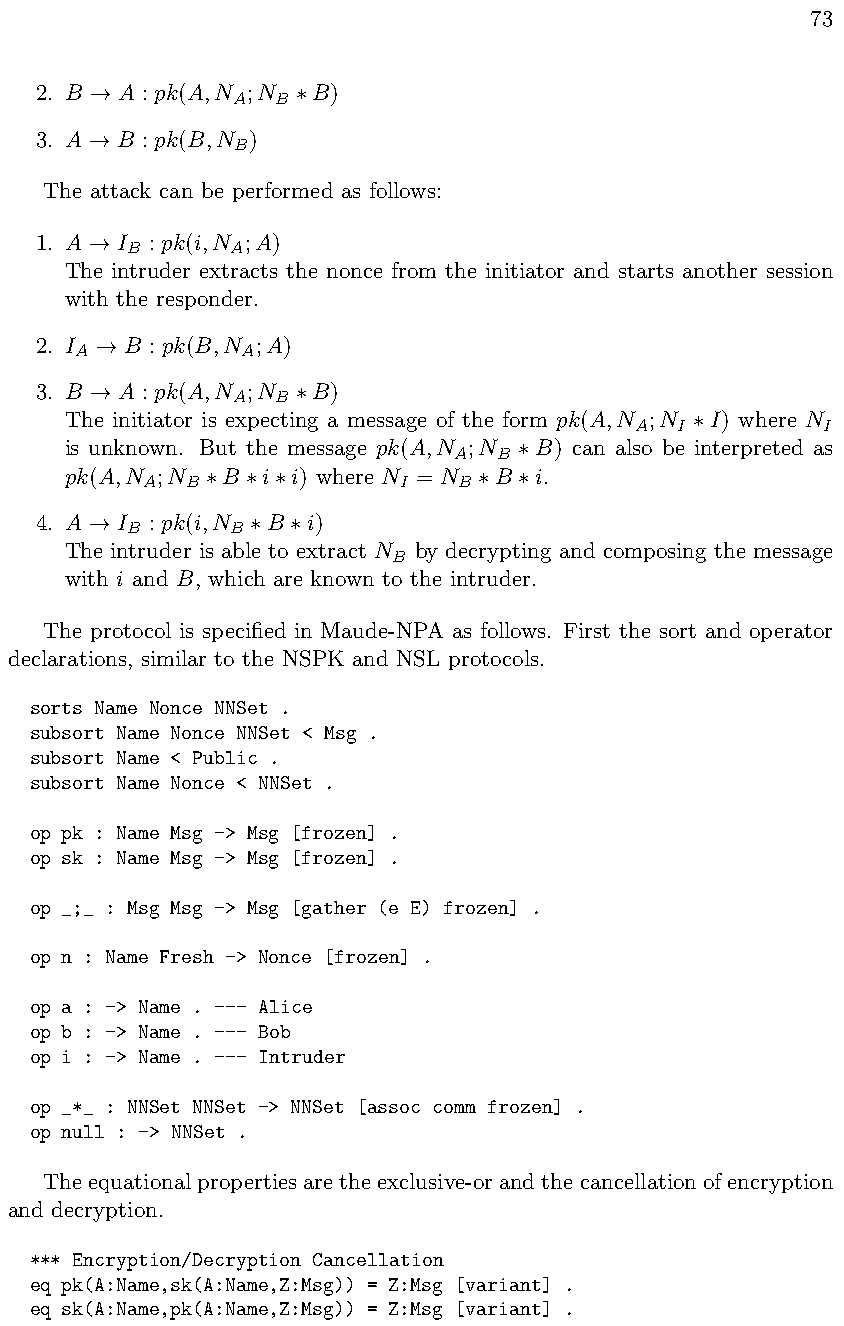
73
 2. B  A : pk(A,N ;N B)
 A  B
 !            ⇤
 3. A  B : pk(B,N )
 B
 !
 The attack can be performed as follows:
 1. A  I : pk(i,N ;A)
 B      A
 !
 The intruder extracts the nonce from the initiator and starts another session
 with the responder.
 2. I  B : pk(B,N ;A)
 A          A
 !
 3. B  A : pk(A,N ;N B)
 A  B
 !            ⇤
 The initiator is expecting a message of the form pk(A,N ;N I) where N
 A  I        I
 ⇤
 is unknown. But the message pk(A,N ;N B) can also be interpreted as
 A  B
 ⇤
 pk(A,N ;N  B i i) where N = N B i.
 A  B             I   B
 ⇤  ⇤ ⇤             ⇤ ⇤
 4. A  I : pk(i,N B i)
 B      B
 !         ⇤  ⇤
 The intruder is able to extract N by decrypting and composing the message
 B
 with i and B, which are known to the intruder.
 The protocol is specified in Maude-NPA as follows. First the sort and operator
 declarations, similar to the NSPK and NSL protocols.
 sorts Name Nonce NNSet .
 subsort Name Nonce NNSet < Msg .
 subsort Name < Public .
 subsort Name Nonce < NNSet .
 op pk : Name Msg -> Msg [frozen] .
 op sk : Name Msg -> Msg [frozen] .
 op _;_ : Msg Msg -> Msg [gather (e E) frozen] .
 op n : Name Fresh -> Nonce [frozen] .
 op a : -> Name . --- Alice
 op b : -> Name . --- Bob
 op i : -> Name . --- Intruder
 op _*_ : NNSet NNSet -> NNSet [assoc comm frozen] .
 op null : -> NNSet .
 Theequationalpropertiesaretheexclusive-orandthecancellationofencryption
 and decryption.
 *** Encryption/Decryption Cancellation
 eq pk(A:Name,sk(A:Name,Z:Msg)) = Z:Msg [variant] .
 eq sk(A:Name,pk(A:Name,Z:Msg)) = Z:Msg [variant] .